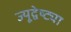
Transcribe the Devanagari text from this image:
ज्यूद्वेष्ट्या